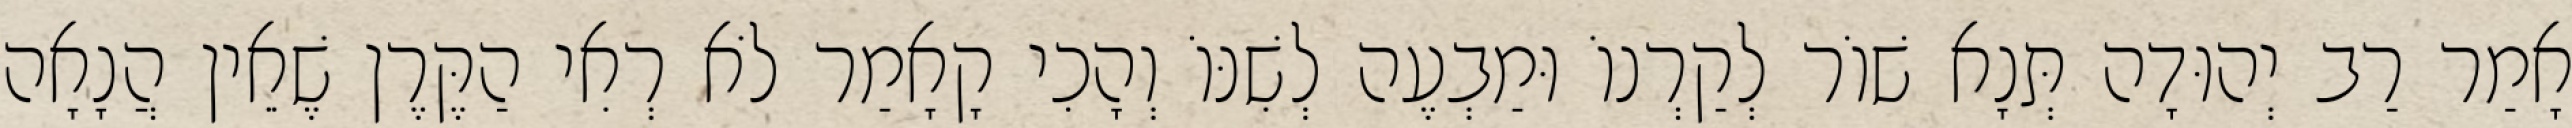
אָמַר רַב יְהוּדָה תְּנָא שׁוֹר לְקַרְנוֹ וּמַבְעֶה לְשִׁנּוֹ וְהָכִי קָאָמַר לֹא רְאִי הַקֶּרֶן שֶׁאֵין הֲנָאָה